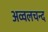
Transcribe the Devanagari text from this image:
अव्वलचन्द